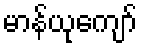
မာန်ယုကျော်